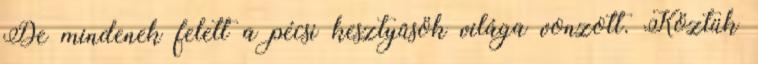
De mindenek felett a pécsi kesztyûsök világa vonzott. Köztük